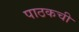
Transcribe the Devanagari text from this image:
पाठकची